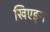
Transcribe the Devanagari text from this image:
खिएङ्ग